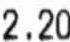
2.20